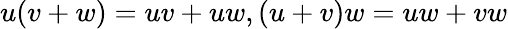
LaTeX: u(v+w)=uv+uw,(u+v)w=uw+vw